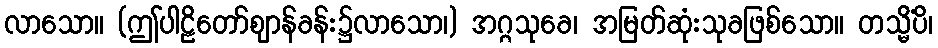
လာသော။ (ဤပါဠိတော်ဈာန်ခန်း၌လာသော၊) အဂ္ဂသုခေ၊ အမြတ်ဆုံးသုခဖြစ်သော။ တသ္မိံပိ၊